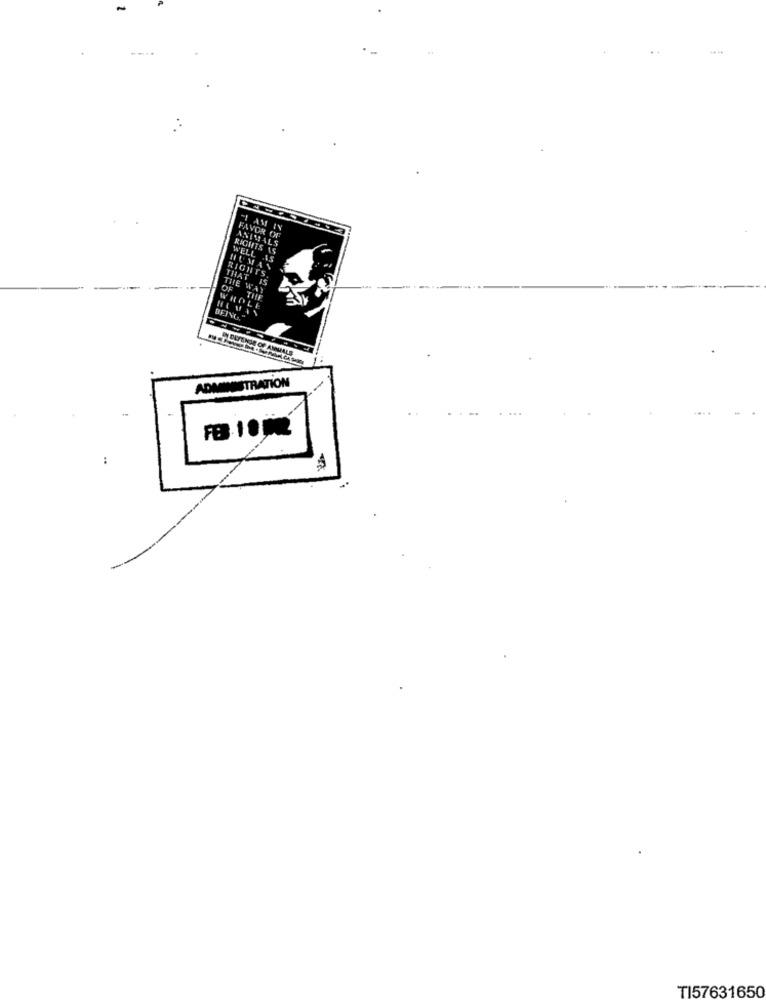
FAVOR
WELL
RIGHTS
IGH
DESTINAS OF AMUALE
ADMINISTRATION
TI57631650